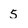
Character: 5